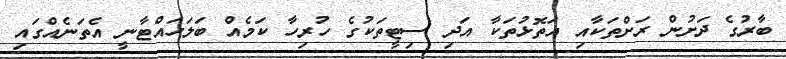
ބާރުގެ ދަށުން ރަށްތަކާއި އަތޮޅުތަކާ އަދި ސިޓީތަކުގެ ހުރިހާ ކަމެއް ބަލަހައްޓާނީ އެތަނެއްގައި